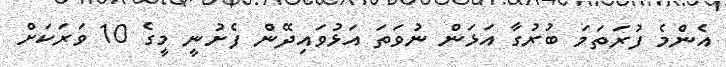
އެންމެ ފުރަތަމަ ބުރުގާ އަޅަން ނުވަތަ އަޅުވައިދޭން ފެށުނީ މީގެ 10 ވަރަކަށް